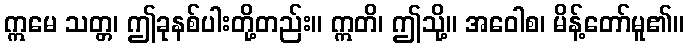
ဣမေ သတ္တ၊ ဤခုနစ်ပါးတို့တည်း။ ဣတိ၊ ဤသို့။ အဝေါစ၊ မိန့်တော်မူ၏။